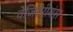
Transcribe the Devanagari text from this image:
वेजिटेरीयंस